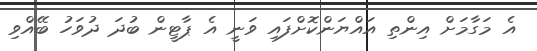
އެ މަގާމަށް އިންތި އައްޔަންކޮށްފައި ވަނީ އެ ޕާޓީން ބުދަ ދުވަހު ބޭއްވި